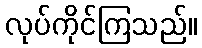
လုပ်ကိုင်ကြသည်။